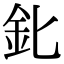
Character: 𨤽